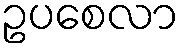
ဥပစေလာ